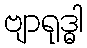
ဗျာရုဒ္ဓါ